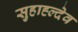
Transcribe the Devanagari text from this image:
सुहाह्ल्देव